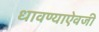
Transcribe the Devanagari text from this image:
धावण्याऐवजी